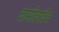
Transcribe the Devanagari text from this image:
दामोदरदेव